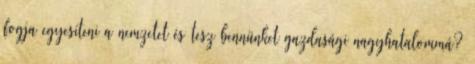
fogja egyesíteni a nemzetet és tesz bennünket gazdasági nagyhatalommá?